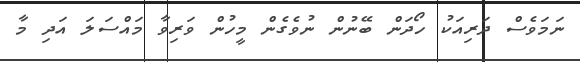
ނަމަވެސް ދަރިއަކު ހޯދަން ބޭނުން ނުވެގެން މީހުން ވަރިވާ މައްސަލަ އަދި މާ